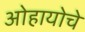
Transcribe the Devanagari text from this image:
ओहायोचे